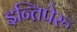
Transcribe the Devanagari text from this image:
इन्तिपेरू